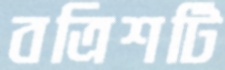
বত্রিশটি